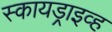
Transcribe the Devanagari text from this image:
स्कायड्राइव्ह